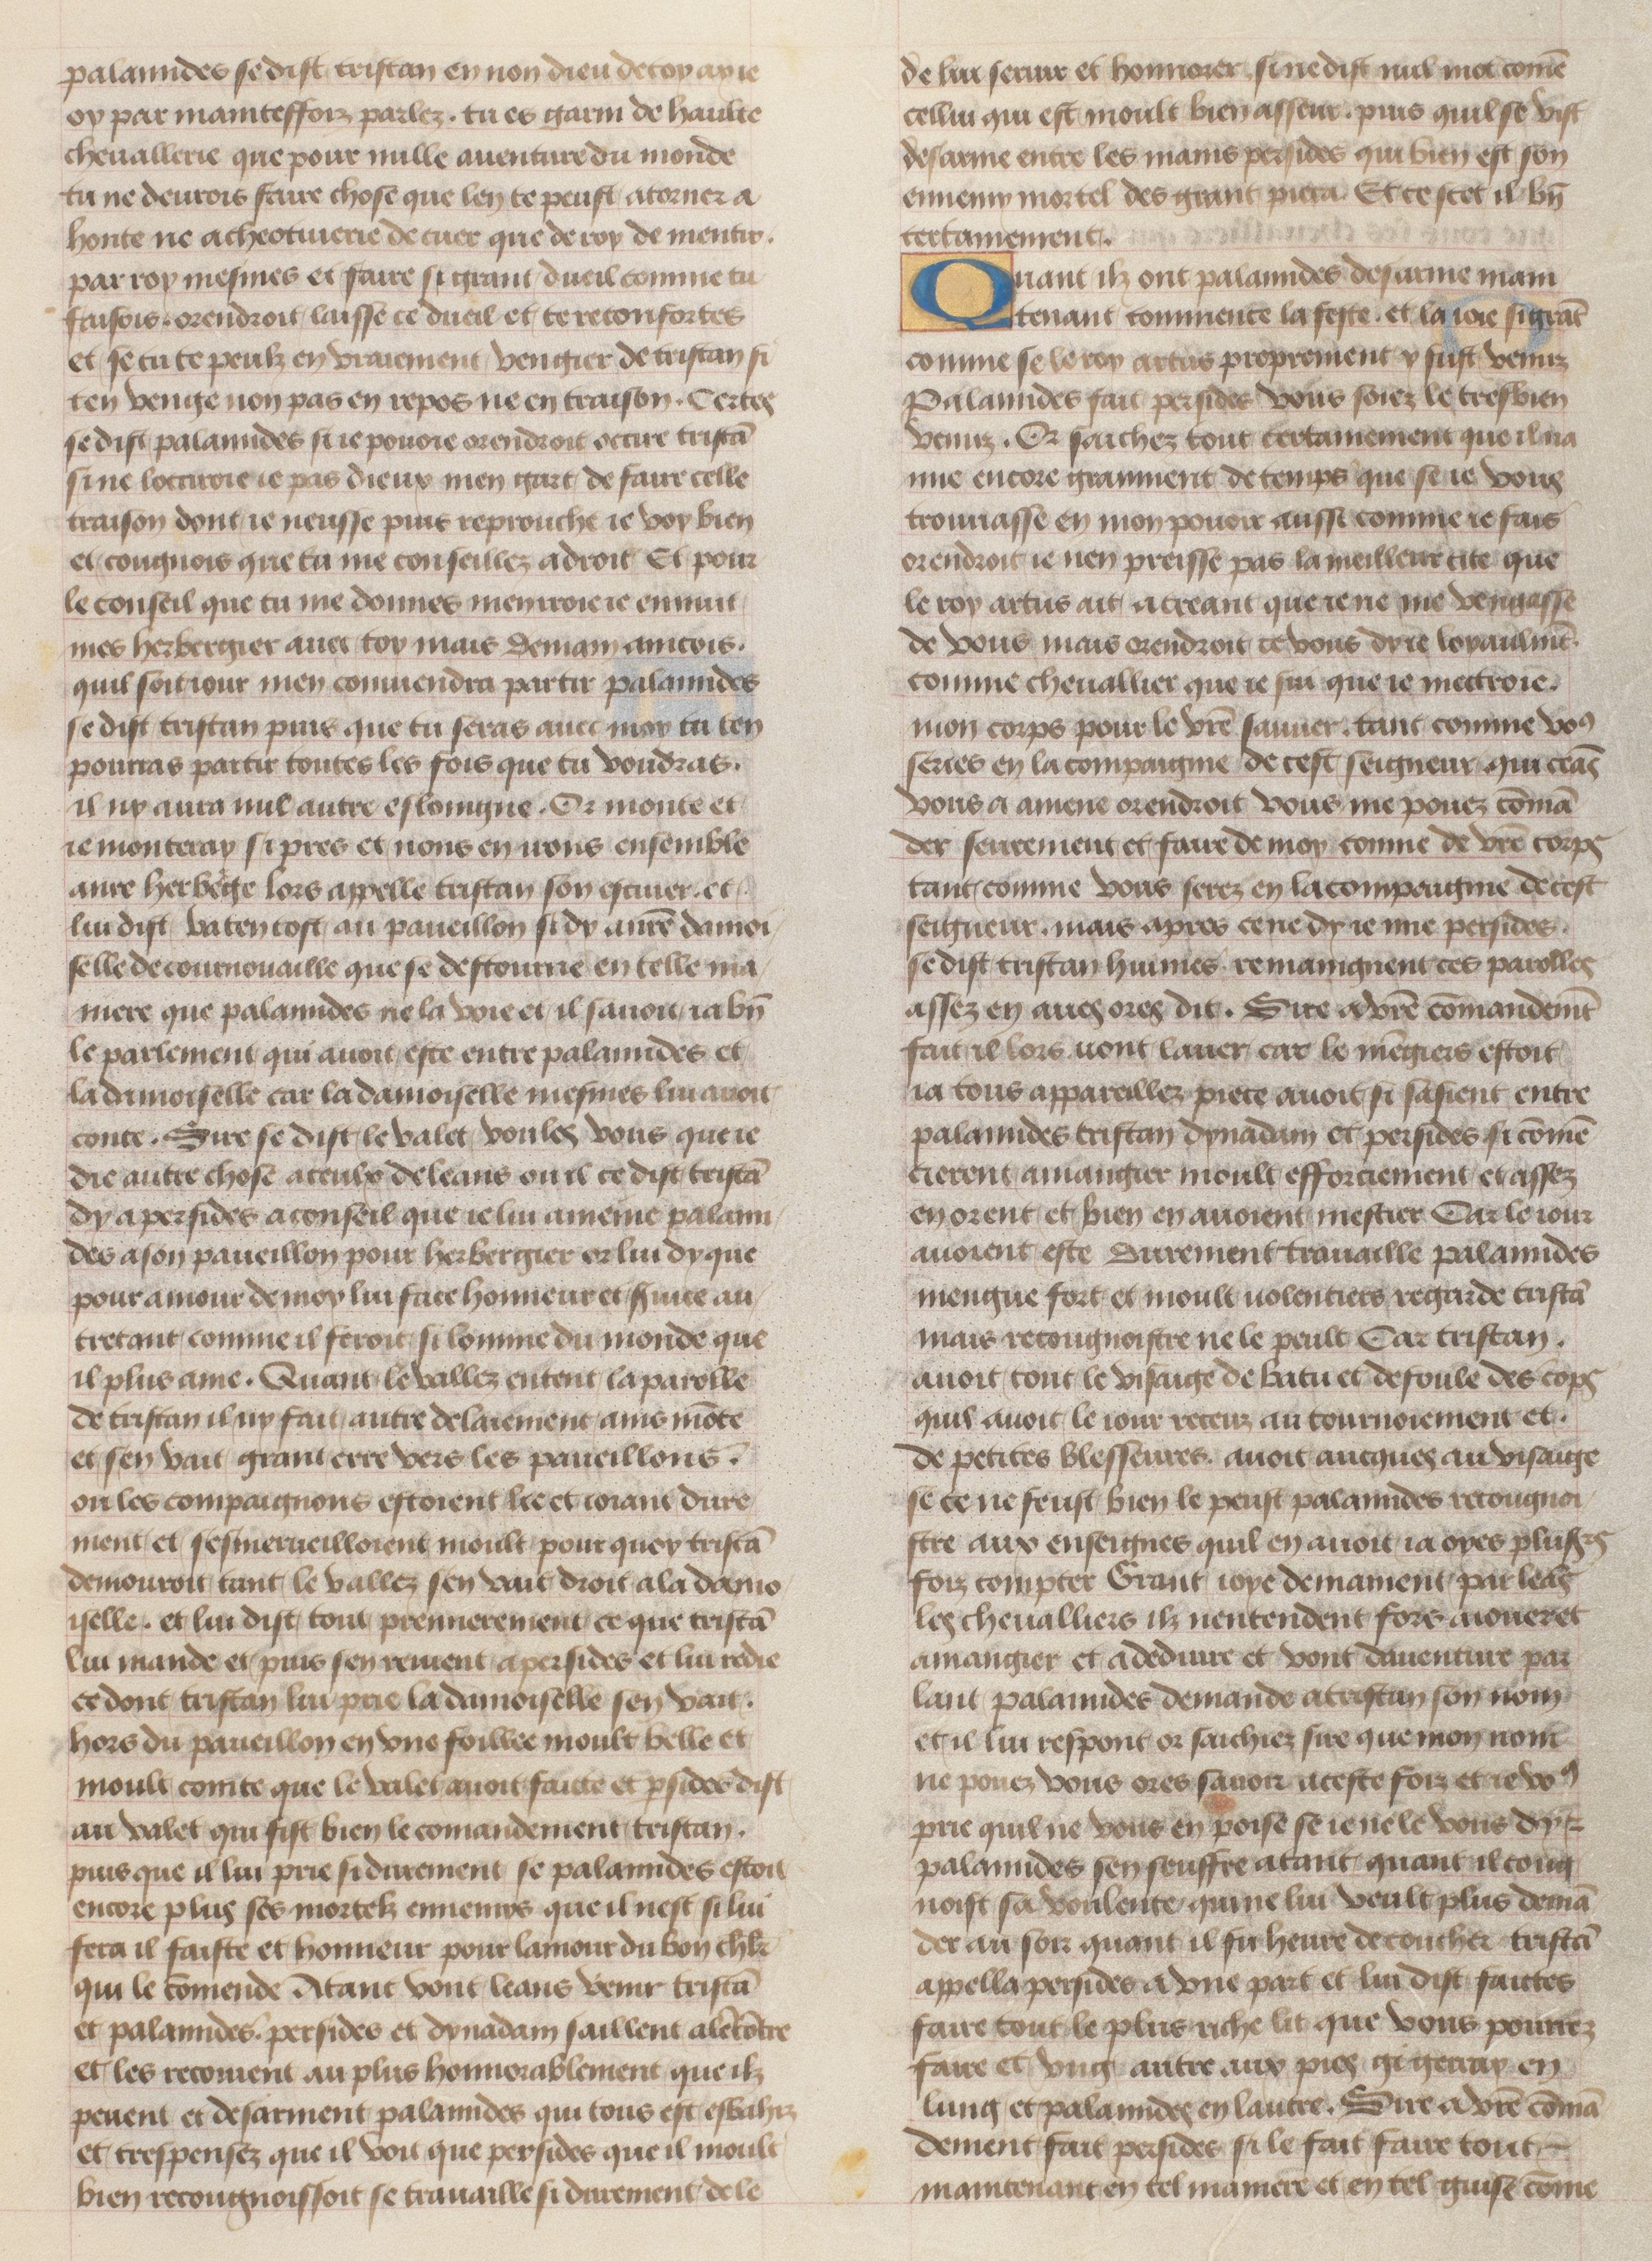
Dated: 1455–1485